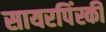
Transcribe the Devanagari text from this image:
सायरपिंस्की